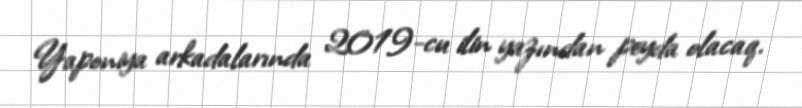
Yaponiya arkadalarında 2019-cu ilin yazından peyda olacaq.